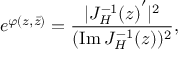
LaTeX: e ^ { \varphi ( z , \bar { z } ) } = { \frac { | { J _ { H } ^ { - 1 } ( z ) } ^ { \prime } | ^ { 2 } } { ( \mathrm { I m } \, J _ { H } ^ { - 1 } ( z ) ) ^ { 2 } } } ,